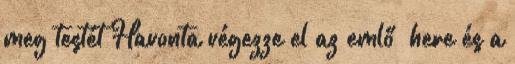
meg testét Havonta végezze el az emlő here és a